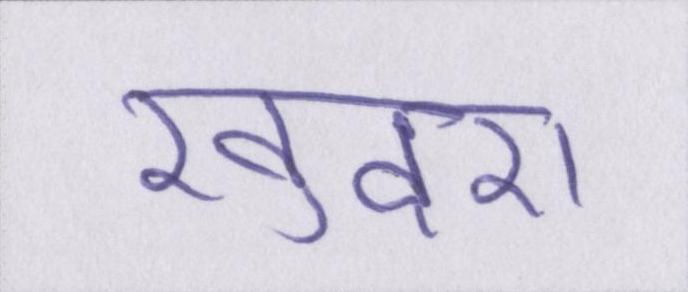
खुदरा